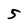
Character: 5